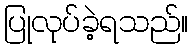
ပြုလုပ်ခဲ့ရသည်။